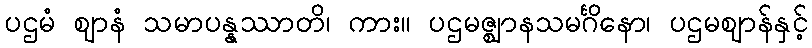
ပဌမံ ဈာနံ သမာပန္နဿာတိ၊ ကား။ ပဌမဇ္ဈာနသမင်္ဂိနော၊ ပဌမဈာန်နှင့်